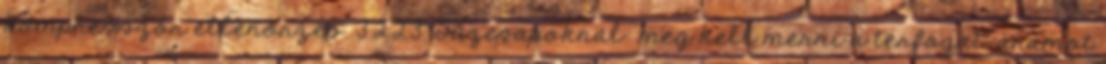
kompresszor ellenõrzés. 3.2.2.3. Tûzcsapoknál: meg kell mérni a térfogat-áramot